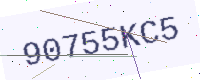
Text: 90755KC5